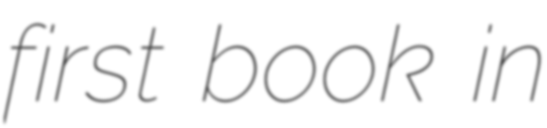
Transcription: first book in